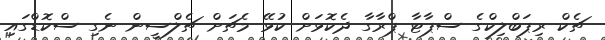
ޗެކް ރިޕަބްލިކްގެ ސްޕާޓާ ޕްރާގާ ދެކޮޅަށް ކުޅޭ މެޗަށް ޗެލްސީން ނެގި ސްކޮޑްގައި